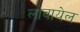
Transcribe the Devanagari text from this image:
लावायेल